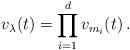
LaTeX: \begin{align*}v_{\lambda}(t)=\prod_{i=1}^d v_{m_i}(t)\,.\end{align*}